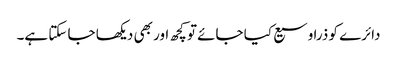
دائرے کو ذرا وسیع کیا جائے تو کچھ اور بھی دیکھا جا سکتا ہے۔